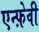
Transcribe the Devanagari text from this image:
एन्फ़ेवी